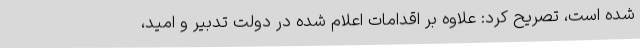
شده است، تصریح کرد: علاوه بر اقدامات اعلام شده در دولت تدبیر و امید،